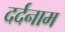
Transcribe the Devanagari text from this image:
दर्दनाम